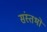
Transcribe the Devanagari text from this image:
संस्तभों